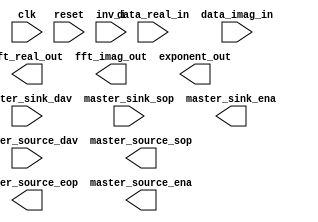
// Generated by FFT 2.1.3 [Altera, IP Toolbench v1.2.7 build38]
// ************************************************************
// THIS IS A WIZARD-GENERATED FILE. DO NOT EDIT THIS FILE!
// ************************************************************
// Copyright (C) 1991-2005 Altera Corporation
// Any megafunction design, and related net list (encrypted or decrypted),
// support information, device programming or simulation file, and any other
// associated documentation or information provided by Altera or a partner
// under Altera's Megafunction Partnership Program may be used only to
// program PLD devices (but not masked PLD devices) from Altera.  Any other
// use of such megafunction design, net list, support information, device
// programming or simulation file, or any other related documentation or
// information is prohibited for any other purpose, including, but not
// limited to modification, reverse engineering, de-compiling, or use with
// any other silicon devices, unless such use is explicitly licensed under
// a separate agreement with Altera or a megafunction partner.  Title to
// the intellectual property, including patents, copyrights, trademarks,
// trade secrets, or maskworks, embodied in any such megafunction design,
// net list, support information, device programming or simulation file, or
// any other related documentation or information provided by Altera or a
// megafunction partner, remains with Altera, the megafunction partner, or
// their respective licensors.  No other licenses, including any licenses
// needed under any third party's intellectual property, are provided herein.

module fft_small (
	clk,
	reset,
	master_sink_dav,
	master_sink_sop,
	master_source_dav,
	inv_i,
	data_real_in,
	data_imag_in,
	fft_real_out,
	fft_imag_out,
	exponent_out,
	master_sink_ena,
	master_source_sop,
	master_source_eop,
	master_source_ena);

	input		clk;
	input		reset;
	input		master_sink_dav;
	input		master_sink_sop;
	input		master_source_dav;
	input		inv_i;
	input	[15:0]	data_real_in;
	input	[15:0]	data_imag_in;
	output	[15:0]	fft_real_out;
	output	[15:0]	fft_imag_out;
	output	[5:0]	exponent_out;
	output		master_sink_ena;
	output		master_source_sop;
	output		master_source_eop;
	output		master_source_ena;
endmodule